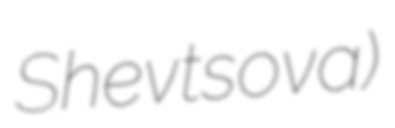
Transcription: Shevtsova)